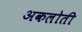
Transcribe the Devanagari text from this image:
अकलोती